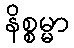
နိစ္စမ္မာ